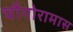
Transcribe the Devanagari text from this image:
चौगोरामास